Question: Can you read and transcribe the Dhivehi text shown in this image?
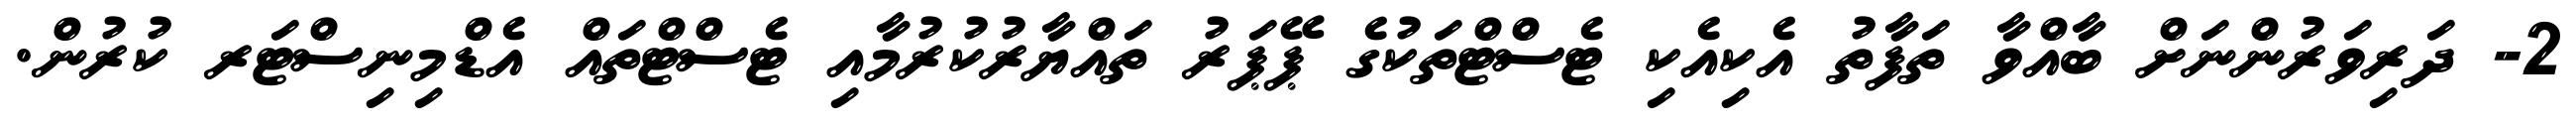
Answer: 2- ދަރިވަރުންނަށް ބާއްވާ ތަފާތު އެކިއެކި ޓެސްޓްތަކުގެ ޕޭޕަރު ތައްޔާރުކުރުމާއި ޓެސްޓްތައް އެޑްމިނިސްޓަރ ކުރުން.